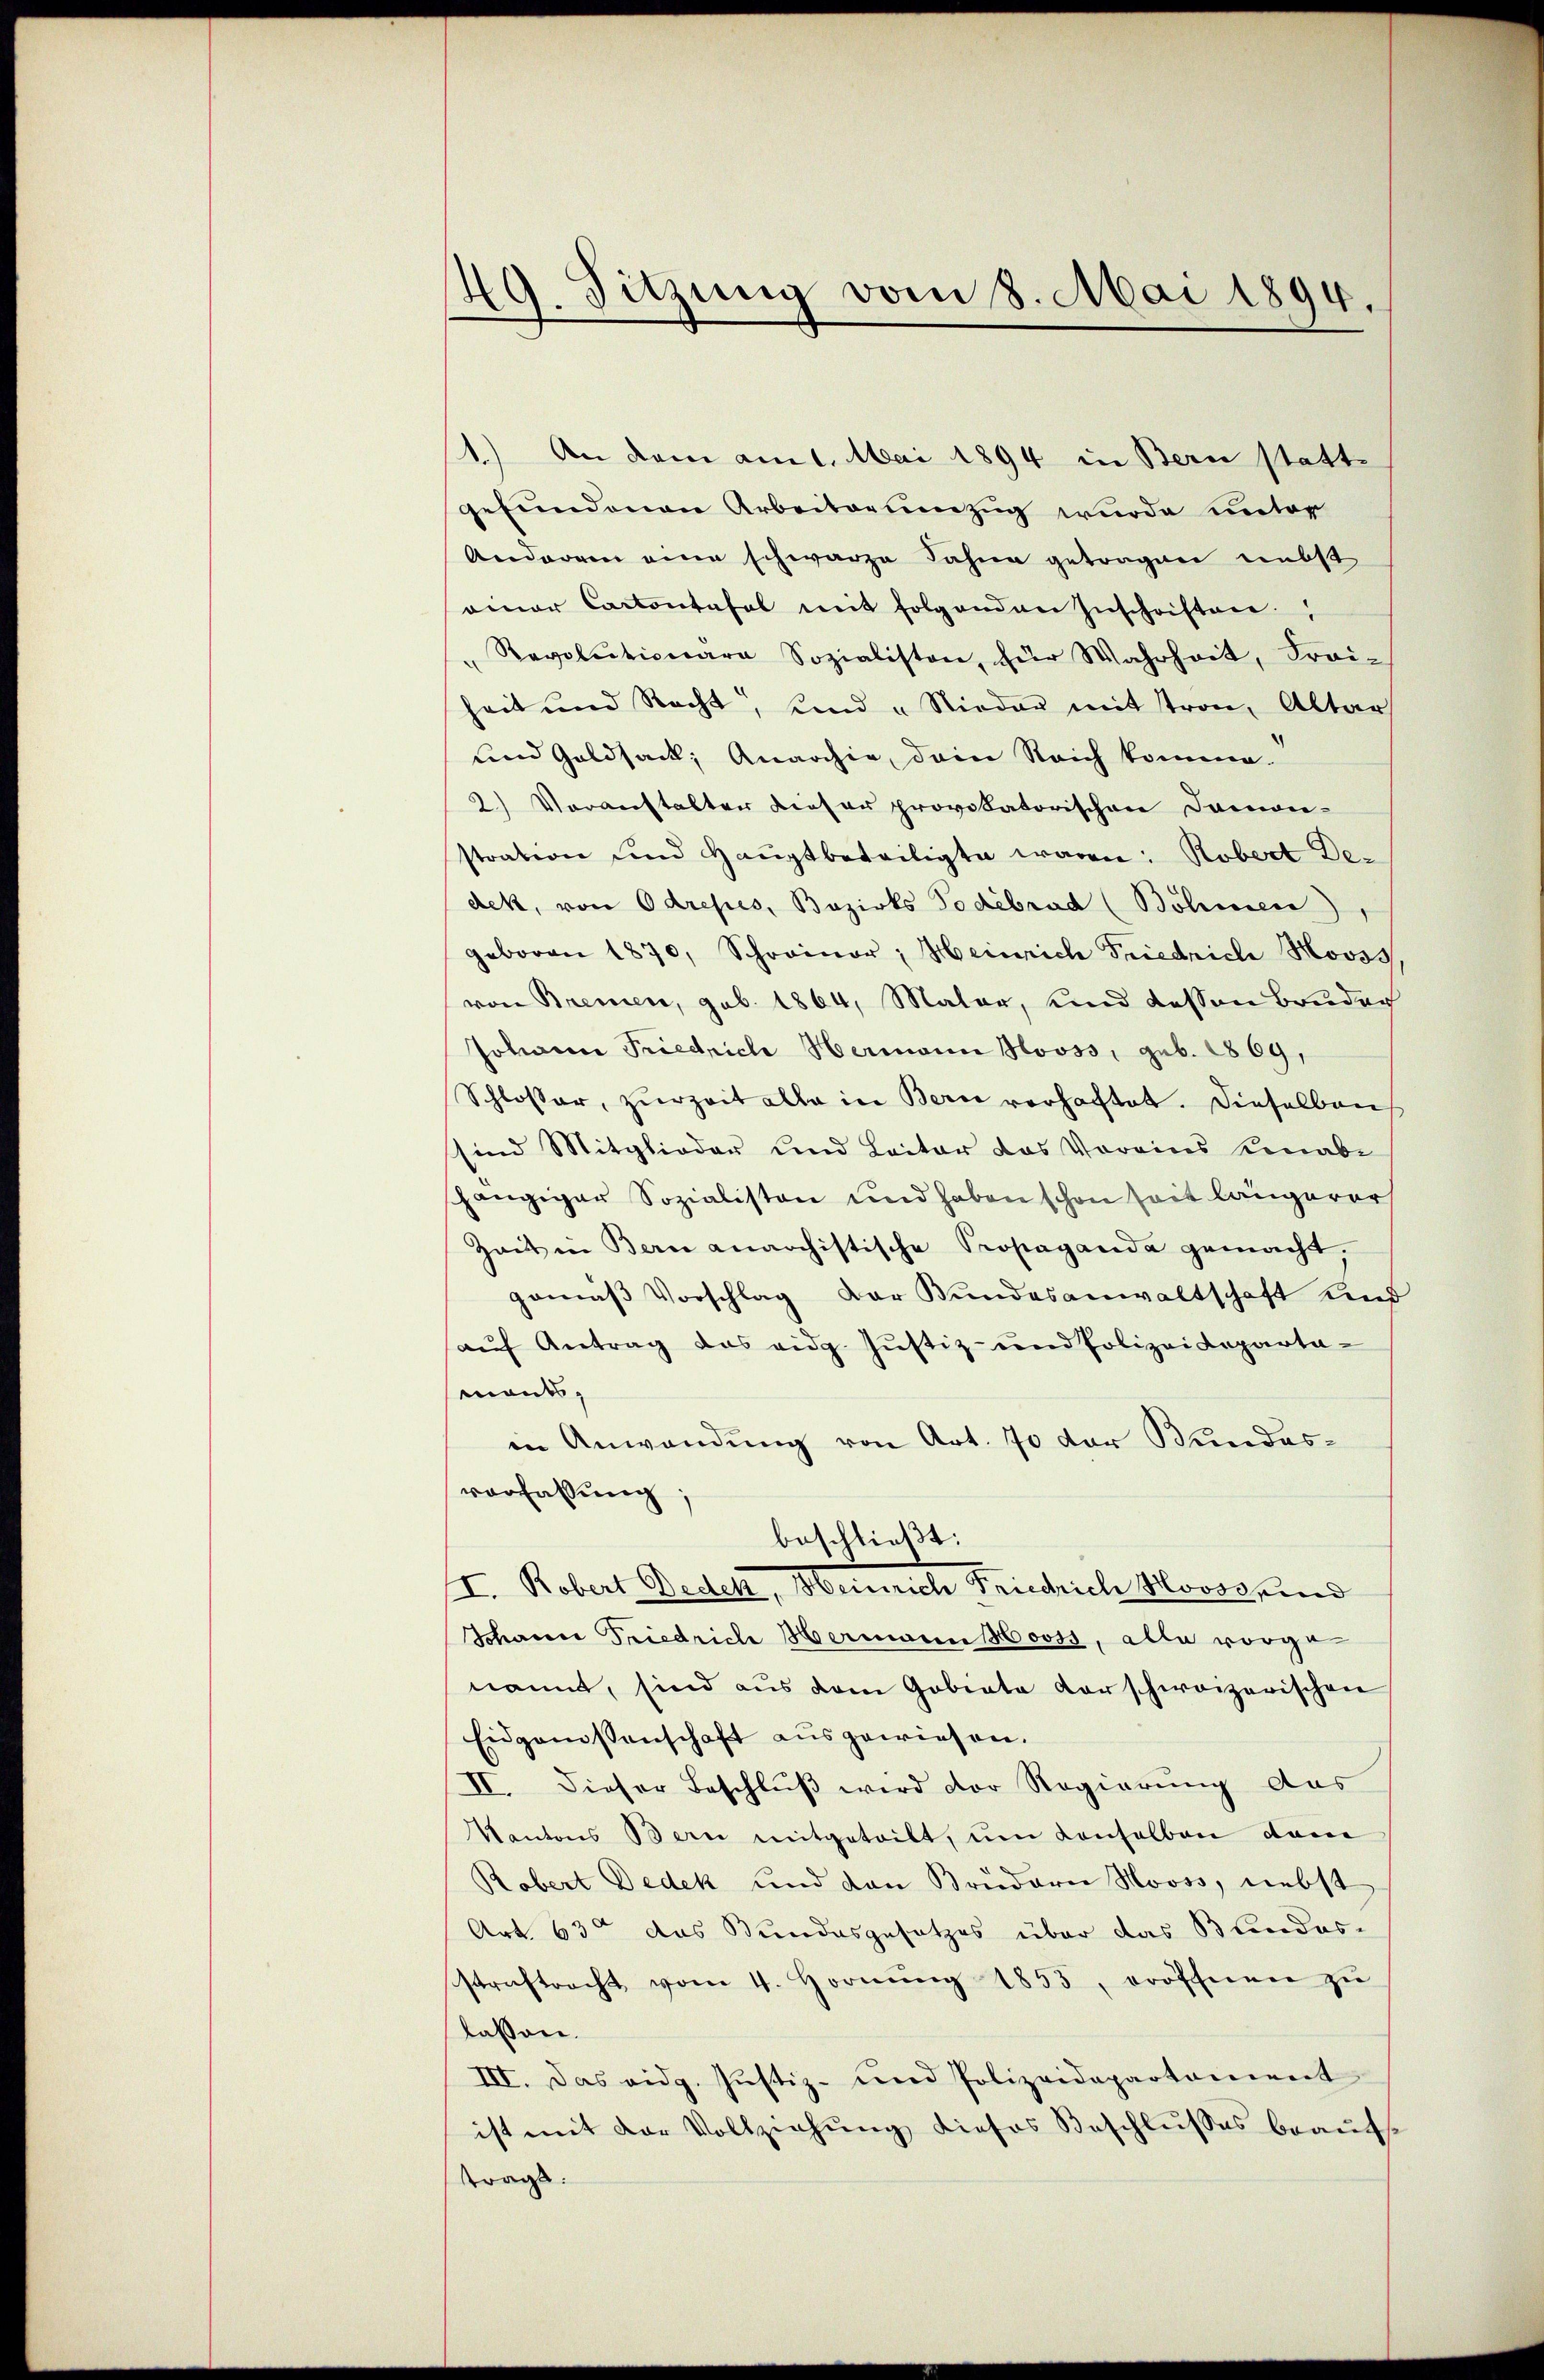
49. Sitzung vom 8. Mai 1894.

.
An dem am 1. Mai 1894 in Bern statt-
gefundenen Arbeiterenzug wurde unter
Anderren eine schwarze Fahne getragen nebst
einer Cantontafel mit folgenden Inschriften.
Revolutionara Sozialisten, für Wahrheit, Frei-
heit und Recht, und „Nieder mit tron, Altar
und Goldsack, Anarchia, dein Reich komme.
2.) Voranstalter dieser provikatorischen Damon-
stration und Hauptbeteiligte waren: Robert De-
dek, von Odrepes, Bezirks Todébrud (Böhmeere),
geboren 1870, Schreiner; Heinrich Friedrich Mooss
von Bremen, geb. 1864, Maler, und dessen Bruder
Johann Friedrich Hermann Hooss, geb. 1869,
Schlosser, zur Zeit alle in Bern verhaftet. Dieselben
sind Mitglieder und Leiter das Vorains Knabe
hängiger Sozialisten und haben schon seit längerer
Zeit in Bern anarchistische Propaganda gemacht.
gemäß Vorschlag der Bundesanwaltschaft und
aŭf Antrag das eidg. Jŭstiz- und Polizeideparta-
mants,
in Anwendung von Art. 70 der Bundesverfassung.
beschließt:
I. Robert Bedek, Heinrich Friedrich Mooss und
Schann Friedrich Hermann Hooss, alle vorge
nannt, sind aus dem Gobiata vorschweizerischen
Eidgenossenschaft ausgewiesen.
II. Dieser Beschlŭβ wird der Regierung des
Kantons Bern mitgeteilt, um Konsolbau dan
Robert Dedek und den Brudern Nooss, nebst
Art. 63 das Bundesgesetzes über das Bundes-
straftracht vom 4. Hornŭng 1853, eröffnen zŭ
lassen.
III. Das eidg. Justiz- und Polizeidepartonient
ist mit der Vollziehŭng dieses Beschlŭsses beaŭfs
tragt.